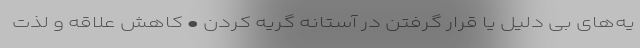
یه‌های بی دلیل یا قرار گرفتن در آستانه گریه کردن • کاهش علاقه و لذت